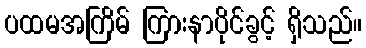
ပထမအကြိမ် ကြားနာပိုင်ခွင့် ရှိသည်။